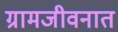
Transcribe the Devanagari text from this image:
ग्रामजीवनात